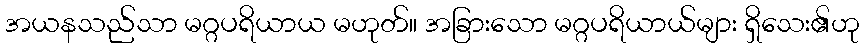
အယနသည်သာ မဂ္ဂပရိယာယ မဟုတ်။ အခြားသော မဂ္ဂပရိယာယ်များ ရှိသေး၏ဟု